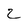
Character: 2